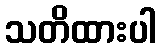
သတိထားပါ